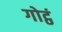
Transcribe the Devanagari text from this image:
गोट्ठं